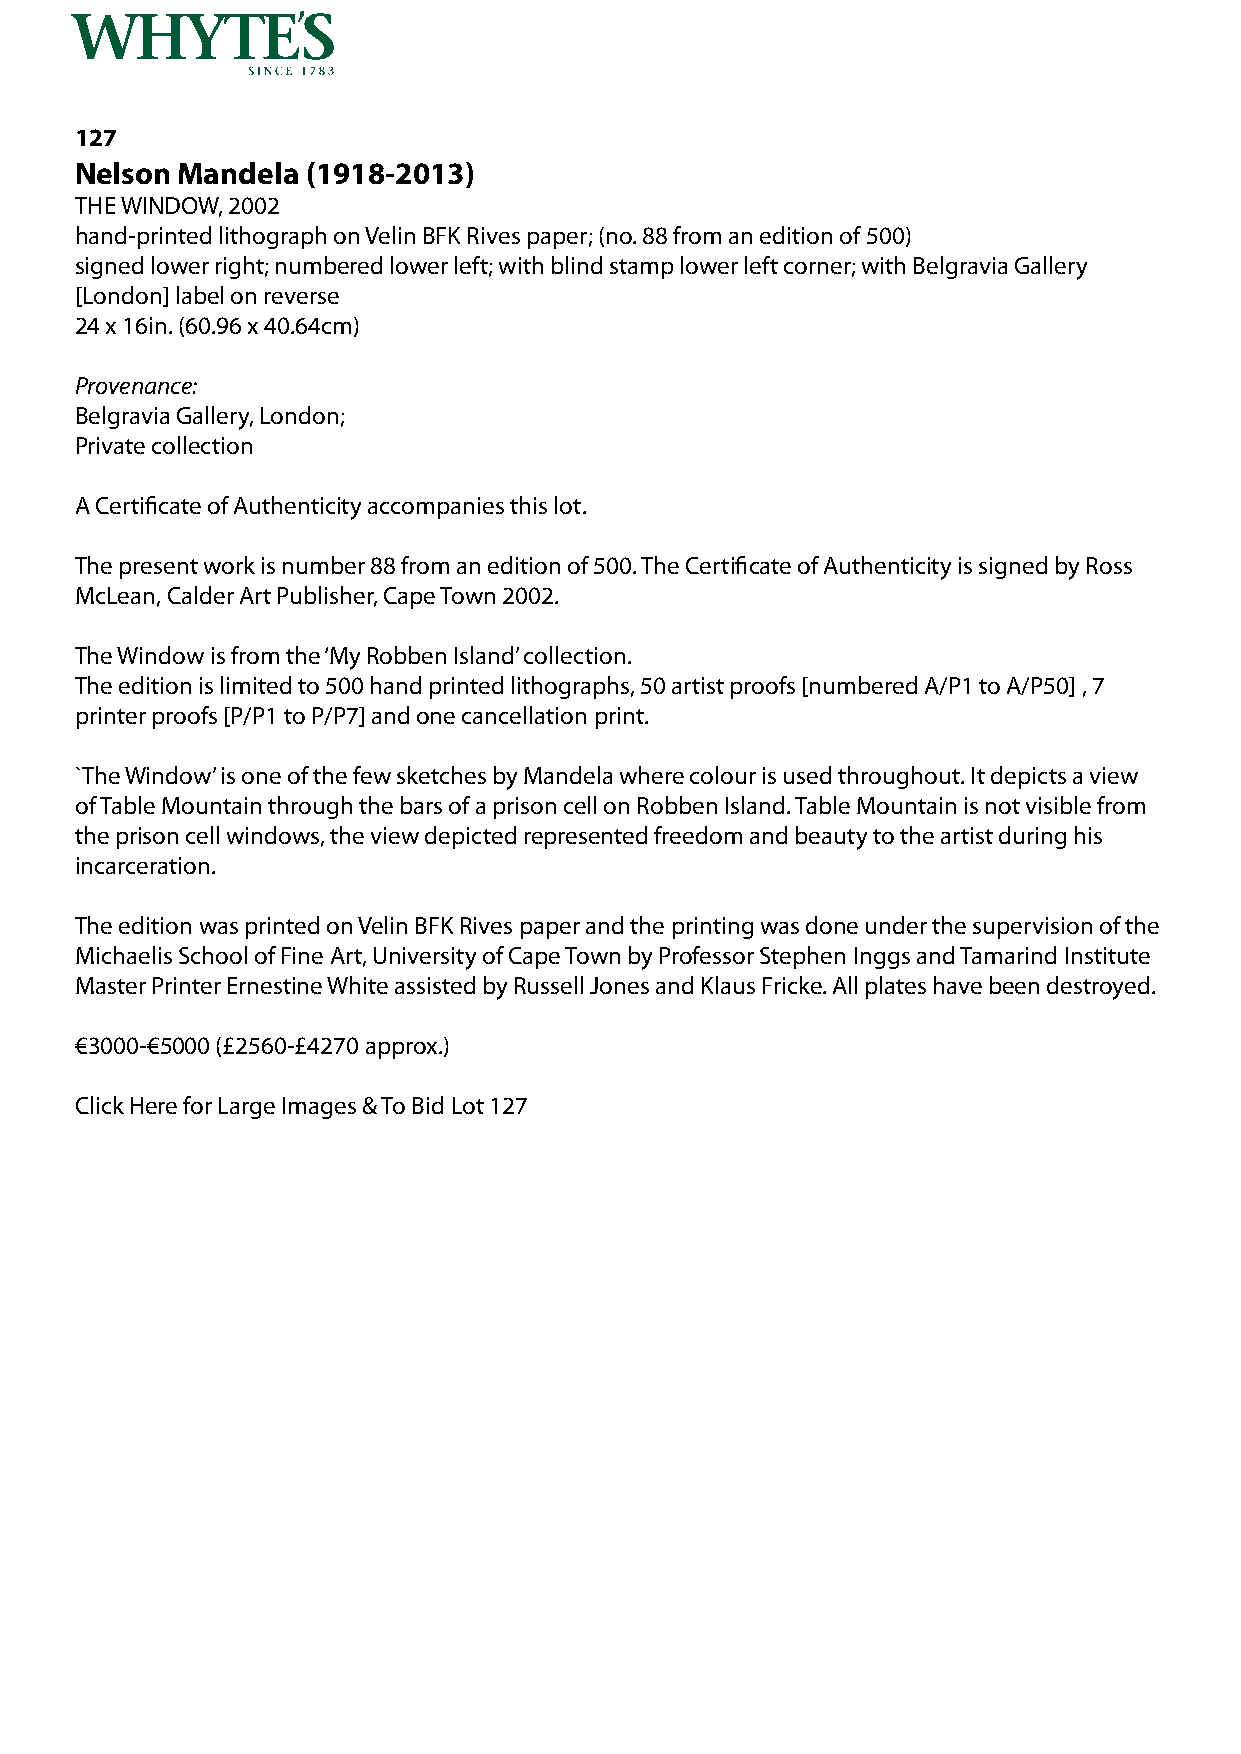
127
 Nelson Mandela (1918-2013)
 THE WINDOW, 2002
 hand-printed lithograph on Velin BFK Rives paper; (no. 88 from an edition of 500)
 signed lower right; numbered lower left; with blind stamp lower left corner; with Belgravia Gallery
 [London] label on reverse
 24 x 16in. (60.96 x 40.64cm)
 Provenance:
 Belgravia Gallery, London;
 Private collection
 A Certificate of Authenticity accompanies this lot.
 The present work is number 88 from an edition of 500. The Certificate of Authenticity is signed by Ross
 McLean, Calder Art Publisher, Cape Town 2002.
 The Window is from the ‘My Robben Island’ collection.
 The edition is limited to 500 hand printed lithographs, 50 artist proofs [numbered A/P1 to A/P50] , 7
 printer proofs [P/P1 to P/P7] and one cancellation print.
 `The Window’ is one of the few sketches by Mandela where colour is used throughout. It depicts a view
 of Table Mountain through the bars of a prison cell on Robben Island. Table Mountain is not visible from
 the prison cell windows, the view depicted represented freedom and beauty to the artist during his
 incarceration.
 The edition was printed on Velin BFK Rives paper and the printing was done under the supervision of the
 Michaelis School of Fine Art, University of Cape Town by Professor Stephen Inggs and Tamarind Institute
 Master Printer Ernestine White assisted by Russell Jones and Klaus Fricke. All plates have been destroyed.
 €3000-€5000 (£2560-£4270 approx.)
 Click Here for Large Images & To Bid Lot 127